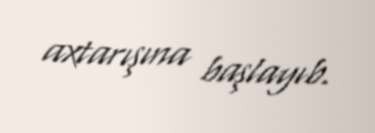
axtarışına başlayıb.